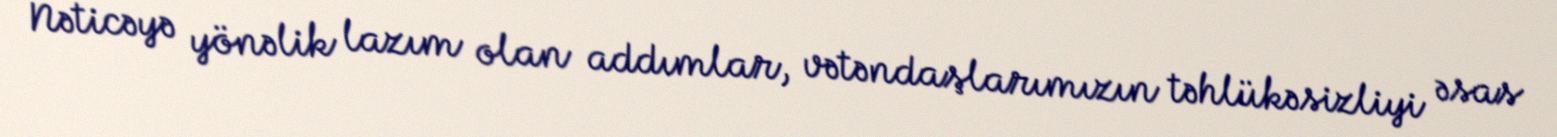
Nəticəyə yönəlik lazım olan addımlar, vətəndaşlarımızın təhlükəsizliyi əsas